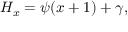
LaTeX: H _ { x } = \psi ( x + 1 ) + \gamma ,